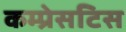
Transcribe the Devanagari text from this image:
कम्प्रेसटिस